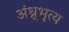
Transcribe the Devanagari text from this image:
अंध्र्भृत्य